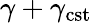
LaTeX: \gamma+\gamma_{\mathrm{cst}}